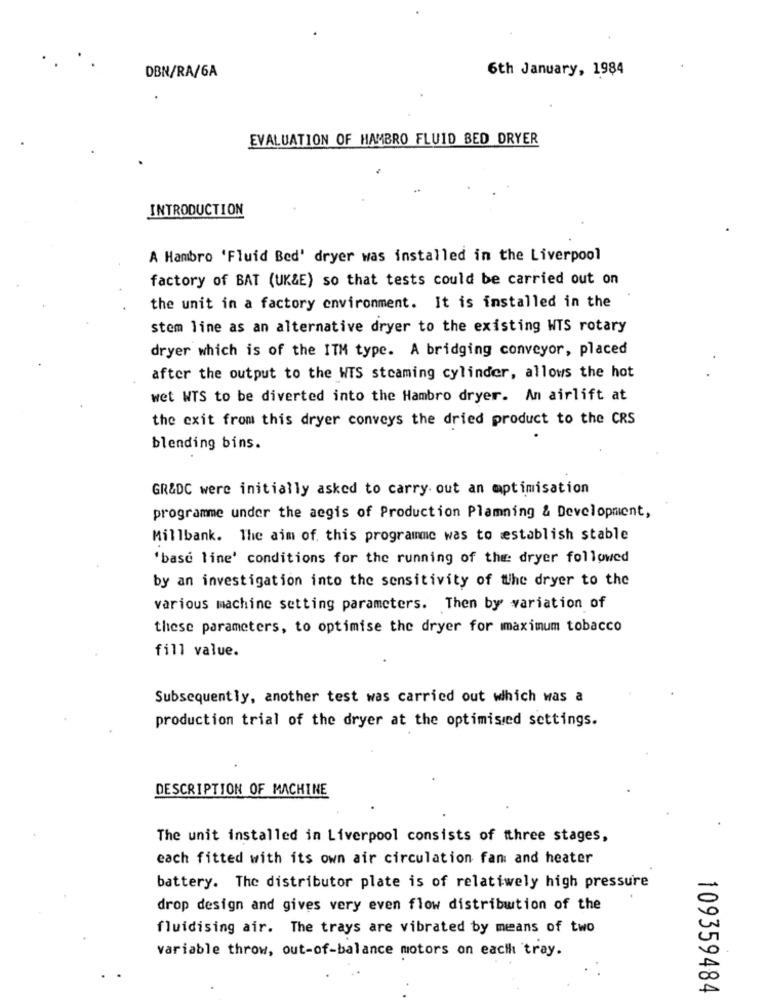
6th January, 1984
DBN/RA/6A
EVALUATION OF HAMBRO FLUID BED DRYER
INTRODUCTION
A Hambro 'Fluid Bed' dryer was installed in the Liverpool
factory of BAT (UK&E) so that tests could be carried out on
the unit in a factory environment. It is installed in the
stem line as an alternative dryer to the existing WTS rotary
dryer which is of the ITM type. A bridging conveyor, placed
after the output to the WIS steaming cylinder, allows the hot
wet WTS to be diverted into the Hambro dryer. An airlift at
the exit from this dryer conveys the dried product to the CRS
blending bins.
GR&DC were initially asked to carry out an optimisation
programme under the aegis of Production Plamning & Development,
Millbank. The aim of. this programme was to establish stable
'base line' conditions for the running of the: dryer followed
by an investigation into the sensitivity of the dryer to the
various machine setting parameters. Then by variation of
these parameters, to optimise the dryer for maximum tobacco
fill value.
Subsequently, another test was carried out which was a
production trial of the dryer at the optimised settings.
DESCRIPTION OF MACHINE
The unit installed in Liverpool consists of tthree stages,
each fitted with its own air circulation fan and heater
battery. The distributor plate is of relatiwely high pressure
drop design and gives very even flow distribution of the
fluidising air. The trays are vibrated by means of two
variable throw, out-of-balance motors on each tray.
109359484